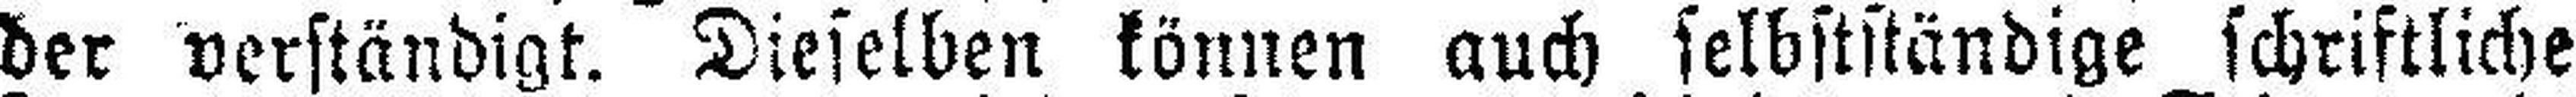
der verständigt. Dieselben können auch selbstständige schriftliche